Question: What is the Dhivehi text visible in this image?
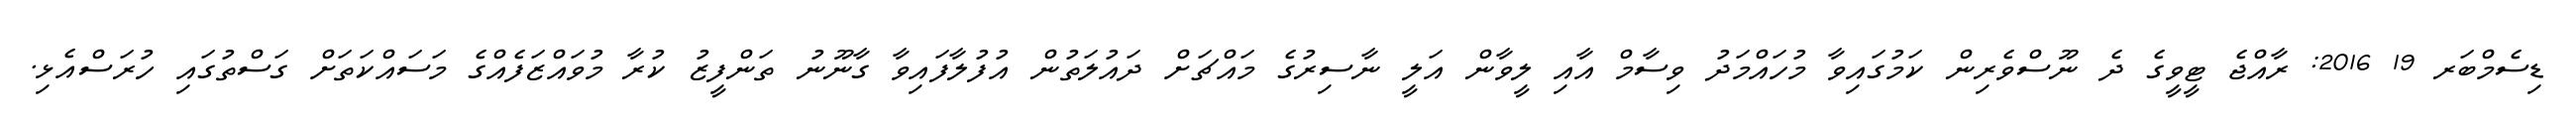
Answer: ޑިސެމްބަރ 19 2016: ރާއްޖެ ޓީވީގެ ދެ ނޫސްވެރިން ކަމުގައިވާ މުހައްމަދު ވިސާމް އާއި ލީވާން އަލީ ނާސިރުގެ މައްޗަށް ދައުލަތުން އުފުލާފައިވާ ގާނޫނު ތަންފީޒު ކުރާ މުވައްޒަފެއްގެ މަސައްކަތަށް ގަސްތުގައި ހުރަސްއެޅި.